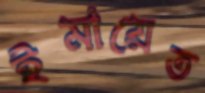
ইমায়েত